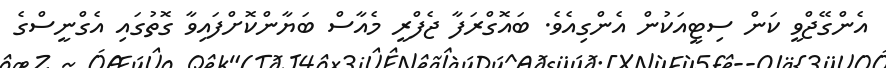
އެންގޭޖްވީ ކަން ސިޓީއަކުން އެންގިއެވެ. ބައޮގްރަފާ ޖެފްރީ މެއާސް ބަޔާންކޮށްފައިވާ ގޮތުގައި އެގްނީސްގެ